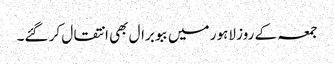
جمعہ کے روز لاہور میں ببو برال بھی انتقال کر گئے۔